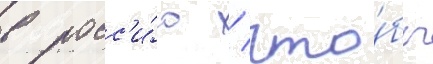
в росс'и́ю / что́бы